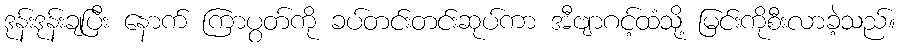
ဒုန်းဒုန်းချပြီး နောက် ကြာပွတ်ကို ခပ်တင်းတင်းဆုပ်ကာ အီဗျာဂင့်ထံသို့ မြင်းကိုစီးလာခဲ့သည်။